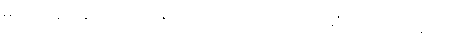
မဟုတ်ဘူး၊ ကျွန်တော် သိချင်တာက ခင်ဗျား အကြိုက်ဆုံးက ဘာအရောင်လဲ။